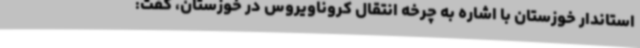
استاندار خوزستان با اشاره به چرخه انتقال کروناویروس در خوزستان، گفت: